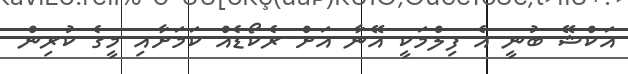
އަކްޝޭ ބުނީ އެ ފިލްމަކީ އޭނާ އަށް ރެކޯޑެއް ކަމަށާއި މީގެ ކުރިން